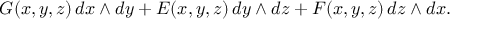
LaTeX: G ( x , y , z ) \, d x \wedge d y + E ( x , y , z ) \, d y \wedge d z + F ( x , y , z ) \, d z \wedge d x .